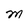
Character: M